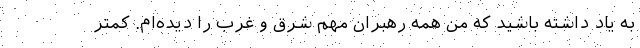
به یاد داشته باشید که من همه رهبران مهم شرق و غرب را دیده‌ام. کمتر